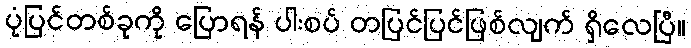
ပုံပြင်တစ်ခုကို ပြောရန် ပါးစပ် တပြင်ပြင်ဖြစ်လျက် ရှိလေပြီ။